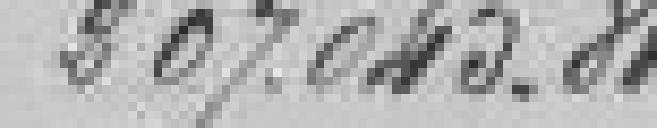
507045,81